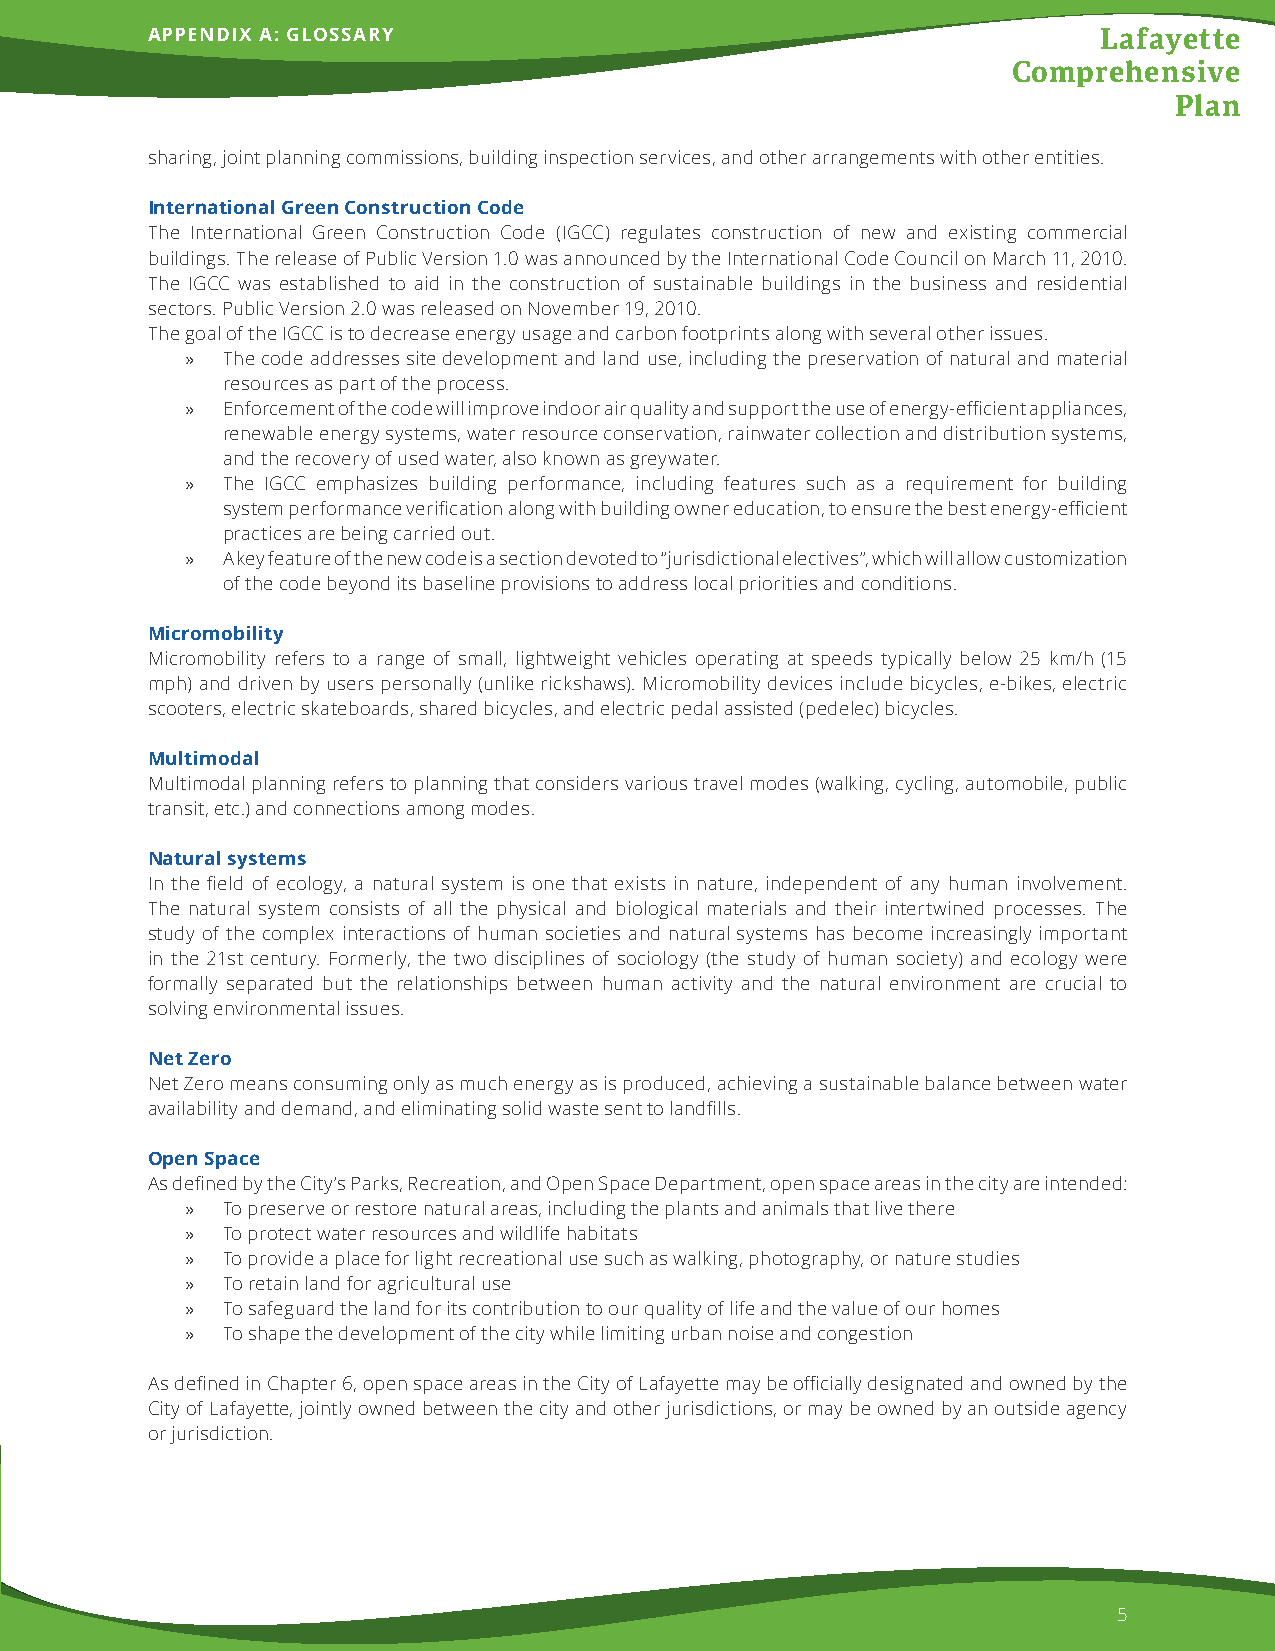
APPENDIX A: GLOSSARY                                           Lafayette
 Comprehensive
 Plan
 sharing, joint planning commissions, building inspection services, and other arrangements with other entities.
 International Green Construction Code
 The International Green Construction Code (IGCC) regulates construction of new and existing commercial
 buildings. The release of Public Version 1.0 was announced by the International Code Council on March 11, 2010.
 The IGCC was established to aid in the construction of sustainable buildings in the business and residential
 sectors. Public Version 2.0 was released on November 19, 2010.
 The goal of the IGCC is to decrease energy usage and carbon footprints along with several other issues.
 »  The code addresses site development and land use, including the preservation of natural and material
 resources as part of the process.
 »  Enforcement of the code will improve indoor air quality and support the use of energy-efficient appliances,
 renewable energy systems, water resource conservation, rainwater collection and distribution systems,
 and the recovery of used water, also known as greywater.
 »  The IGCC emphasizes building performance, including features such as a requirement for building
 system performance verification along with building owner education, to ensure the best energy-efficient
 practices are being carried out.
 »  A key feature of the new code is a section devoted to “jurisdictional electives”, which will allow customization
 of the code beyond its baseline provisions to address local priorities and conditions.
 Micromobility
 Micromobility refers to a range of small, lightweight vehicles operating at speeds typically below 25 km/h (15
 mph) and driven by users personally (unlike rickshaws). Micromobility devices include bicycles, e-bikes, electric
 scooters, electric skateboards, shared bicycles, and electric pedal assisted (pedelec) bicycles.
 Multimodal
 Multimodal planning refers to planning that considers various travel modes (walking, cycling, automobile, public
 transit, etc.) and connections among modes.
 Natural systems
 In the field of ecology, a natural system is one that exists in nature, independent of any human involvement.
 The natural system consists of all the physical and biological materials and their intertwined processes. The
 study of the complex interactions of human societies and natural systems has become increasingly important
 in the 21st century. Formerly, the two disciplines of sociology (the study of human society) and ecology were
 formally separated but the relationships between human activity and the natural environment are crucial to
 solving environmental issues.
 Net Zero
 Net Zero means consuming only as much energy as is produced, achieving a sustainable balance between water
 availability and demand, and eliminating solid waste sent to landfills.
 Open Space
 As defined by the City’s Parks, Recreation, and Open Space Department, open space areas in the city are intended:
 »  To preserve or restore natural areas, including the plants and animals that live there
 »  To protect water resources and wildlife habitats
 »  To provide a place for light recreational use such as walking, photography, or nature studies
 »  To retain land for agricultural use
 »  To safeguard the land for its contribution to our quality of life and the value of our homes
 »  To shape the development of the city while limiting urban noise and congestion
 As defined in Chapter 6, open space areas in the City of Lafayette may be officially designated and owned by the
 City of Lafayette, jointly owned between the city and other jurisdictions, or may be owned by an outside agency
 or jurisdiction.
 5